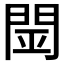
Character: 𨴇